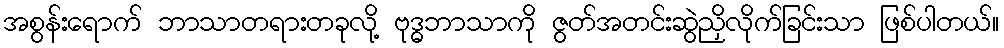
အစွန်းရောက် ဘာသာတရားတခုလို့ ဗုဒ္ဓဘာသာကို ဇွတ်အတင်းဆွဲညှိလိုက်ခြင်းသာ ဖြစ်ပါတယ်။